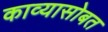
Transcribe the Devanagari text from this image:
काव्यासोबत